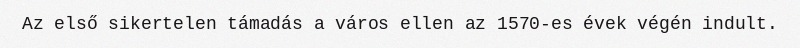
Az első sikertelen támadás a város ellen az 1570-es évek végén indult.